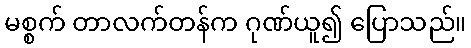
မစ္စက် တာလက်တန်က ဂုဏ်ယူ၍ ပြောသည်။